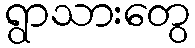
ရွာသားတွေ